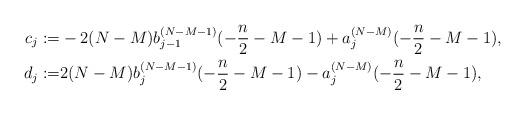
LaTeX: \begin{align*} c_j:=&-2(N-M)b_{j-1}^{(N-M-1)}(-\frac n2-M-1)+a_{j}^{(N-M)}(-\frac n2-M-1),\\ d_j:=&2(N-M)b_j^{(N-M-1)}(-\frac n2-M-1)-a_{j}^{(N-M)}(-\frac n2-M-1), \end{align*}